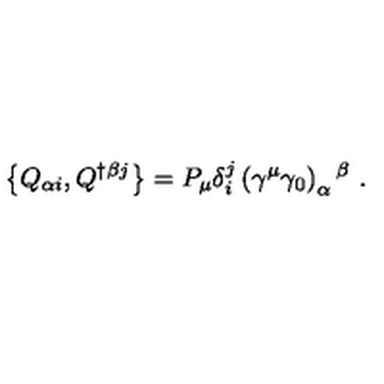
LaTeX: \left\{ Q _ { \alpha i } , Q ^ { \dagger \beta j } \right\} = P _ { \mu } \delta _ { i } ^ { j } \left( \gamma ^ { \mu } \gamma _ { 0 } \right) _ { \alpha } { } ^ { \beta } \ .